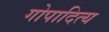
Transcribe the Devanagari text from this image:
गोपादित्य